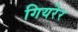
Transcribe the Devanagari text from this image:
गियरेर